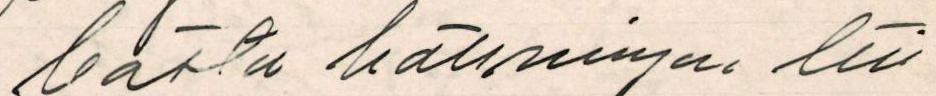
bästa hälsningar till